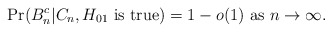
\begin{align*} \Pr(B_n^c|C_n, H_{01} \mbox{ is true})= 1-o(1) \mbox{ as } n\rightarrow\infty. \end{align*}